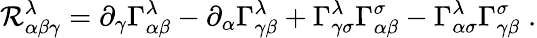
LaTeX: \mathcal{R}_{\alpha\beta\gamma}^{\lambda}=\partial_{\gamma}\Gamma_{\alpha\beta}^{\lambda}-\partial_{\alpha}\Gamma_{\gamma\beta}^{\lambda}+\Gamma_{\gamma\sigma}^{\lambda}\Gamma_{\alpha\beta}^{\sigma}-\Gamma_{\alpha\sigma}^{\lambda}\Gamma_{\gamma\beta}^{\sigma}\; .